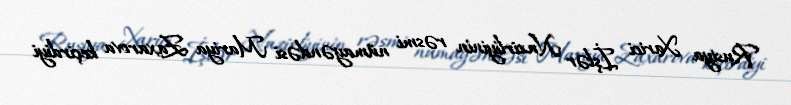
Rusiya Xarici İşlər Nazirliyinin rəsmi nümayəndəsi Mariya Zaxarova keçirdiyi